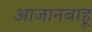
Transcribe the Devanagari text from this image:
आजानबाहू